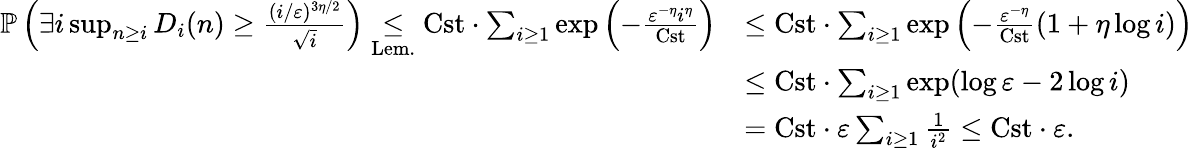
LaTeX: \begin{array}{rl}{\mathbb{P}\left(\exists i\operatorname*{sup}_{n\geq i}D_{i}(n)\geq\frac{(i/\varepsilon)^{3\eta/2}}{\sqrt{i}}\right)\underset{\mathrm{Lem.}}\leq\mathrm{Cst}\cdot\sum_{i\geq 1}\exp\left(-\frac{\varepsilon^{-\eta}i^{\eta}}{\mathrm{Cst}}\right)}&{\leq\mathrm{Cst}\cdot\sum_{i\geq 1}\exp\left(-\frac{\varepsilon^{-\eta}}{\mathrm{Cst}}(1+\eta\log i)\right)}\\ &{\leq\mathrm{Cst}\cdot\sum_{i\geq 1}\exp(\log\varepsilon-2\log i)}\\ &{=\mathrm{Cst}\cdot\varepsilon\sum_{i\geq 1}\frac{1}{i^{2}}\leq\mathrm{Cst}\cdot\varepsilon.}\end{array}